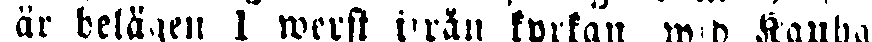
är belägen 1 werkst ifrån kyrkan wid Kauha